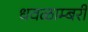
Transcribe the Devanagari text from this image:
धवळाम्बरी